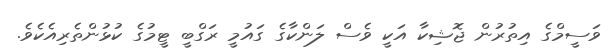
ވަސީމްގެ އިތުރުން ޖޮޝިކާ އަކީ ވެސް ލަންކާގެ ގައުމީ ރަގްބީ ޓީމުގެ ކުޅުންތެރިއެކެވެ.